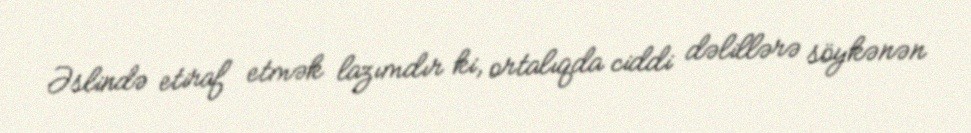
Əslində etiraf etmək lazımdır ki, ortalıqda ciddi dəlillərə söykənən